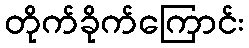
တိုက်ခိုက်ကြောင်း